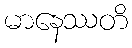
မာနေဿတိ